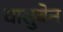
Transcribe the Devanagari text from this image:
वासुबेन